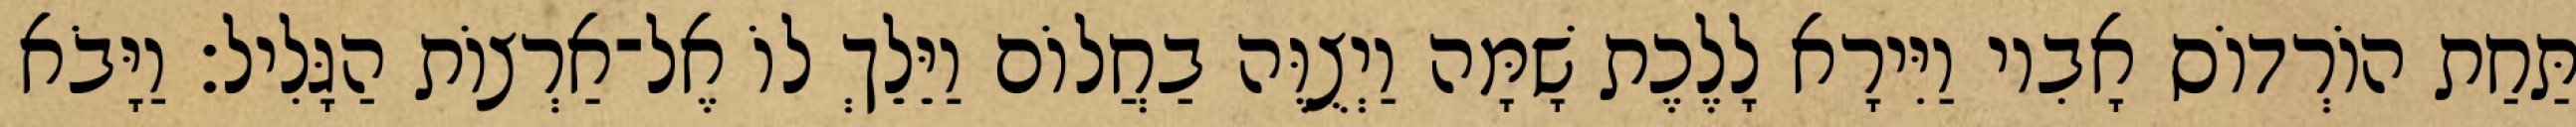
תַּחַת הוֹרְדוֹס אָבִיו וַיִּירָא לָלֶכֶת שָׁמָּה וַיְצֻוֶּה בַחֲלוֹם וַיֵּלֵךְ לוֹ אֶל־אַרְצוֹת הַגָּלִיל׃ וַיָּבֹא